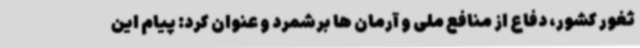
ثغور کشور، دفاع از منافع ملی و آرمان ها برشمرد و عنوان کرد: پیام این